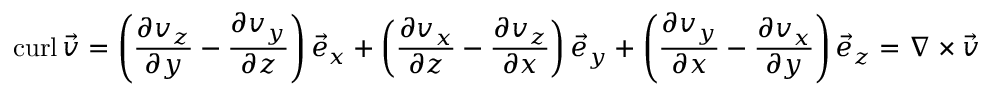
\operatorname { c u r l } { \vec { v } } = \left( { \frac { \partial v _ { z } } { \partial y } } - { \frac { \partial v _ { y } } { \partial z } } \right) { \vec { e } } _ { x } + \left( { \frac { \partial v _ { x } } { \partial z } } - { \frac { \partial v _ { z } } { \partial x } } \right) { \vec { e } } _ { y } + \left( { \frac { \partial v _ { y } } { \partial x } } - { \frac { \partial v _ { x } } { \partial y } } \right) { \vec { e } } _ { z } = \nabla \times { \vec { v } }